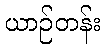
ယာဉ်တန်း